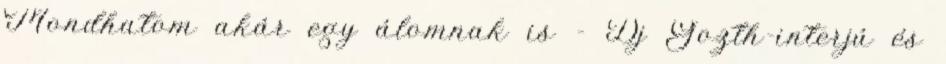
Mondhatom akár egy álomnak is - Dj Gozth-interjú és